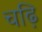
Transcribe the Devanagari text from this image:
चढ़ि